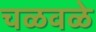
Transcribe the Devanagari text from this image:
चळवळे